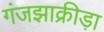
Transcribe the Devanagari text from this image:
गंजझाक्रीड़ा